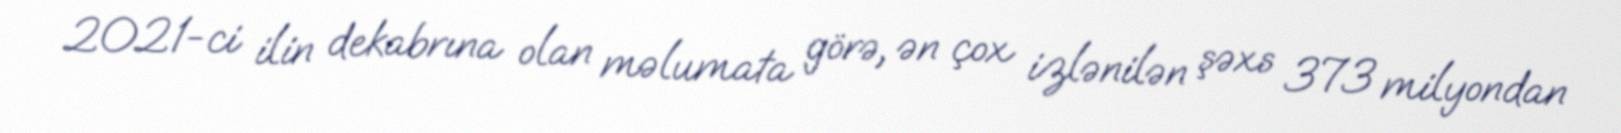
2021-ci ilin dekabrına olan məlumata görə, ən çox izlənilən şəxs 373 milyondan